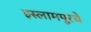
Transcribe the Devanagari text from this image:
इस्लामपूरचे